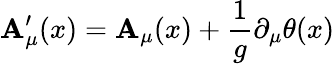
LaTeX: \mathbf{A}_{\mu}^{\prime}(x)=\mathbf{A}_{\mu}(x)+{\frac{{1}}{{g}}}\partial_{\mu}\theta(x)